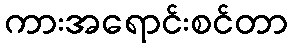
ကားအရောင်းစင်တာ